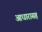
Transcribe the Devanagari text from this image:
आधारासह